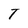
Character: T